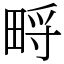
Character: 㽟